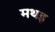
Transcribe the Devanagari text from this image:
मथइ